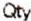
QTY